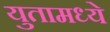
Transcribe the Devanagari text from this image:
युतामध्ये